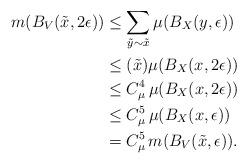
LaTeX: \begin{align*}m({B_V}(\tilde{x},2\epsilon)) &\leq \sum_{\tilde{y} \sim \tilde{x}} \mu({B_X}(y,\epsilon))\\& \leq (\tilde{x})\mu(B_X(x,2\epsilon))\\& \leq C_\mu^4\,\mu(B_X(x,2\epsilon))\\& \leq C_\mu^5\,\mu(B_X(x,\epsilon)) \\& = C_\mu^5\,m(B_V(\tilde{x},\epsilon)).\end{align*}